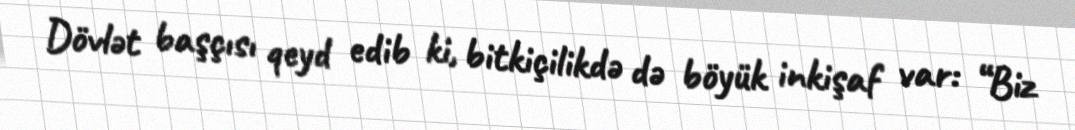
Dövlət başçısı qeyd edib ki, bitkiçilikdə də böyük inkişaf var: “Biz